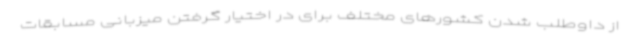
از داوطلب شدن کشورهای مختلف برای در اختیار گرفتن میزبانی مسابقات